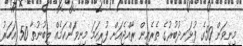
މިނިވަން 50ގެ ފުޅަނދުބުރުގެ ތެރެއިން ރާއްޖެއަށް ފުރިހަމަ މިނިވަންކަމެއް ލިބުނުތާ 50 އަހަރު